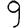
Digit: 9